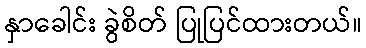
နှာခေါင်း ခွဲစိတ် ပြုပြင်ထားတယ်။